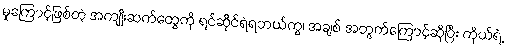
မှုကြောင့်ဖြစ်တဲ့ အကျိုးဆက်တွေကို ရင်ဆိုင်ရဲရတယ်ကွ၊ အချစ် အတွက်ကြောင့်ဆိုပြီး ကိုယ်ရဲ့